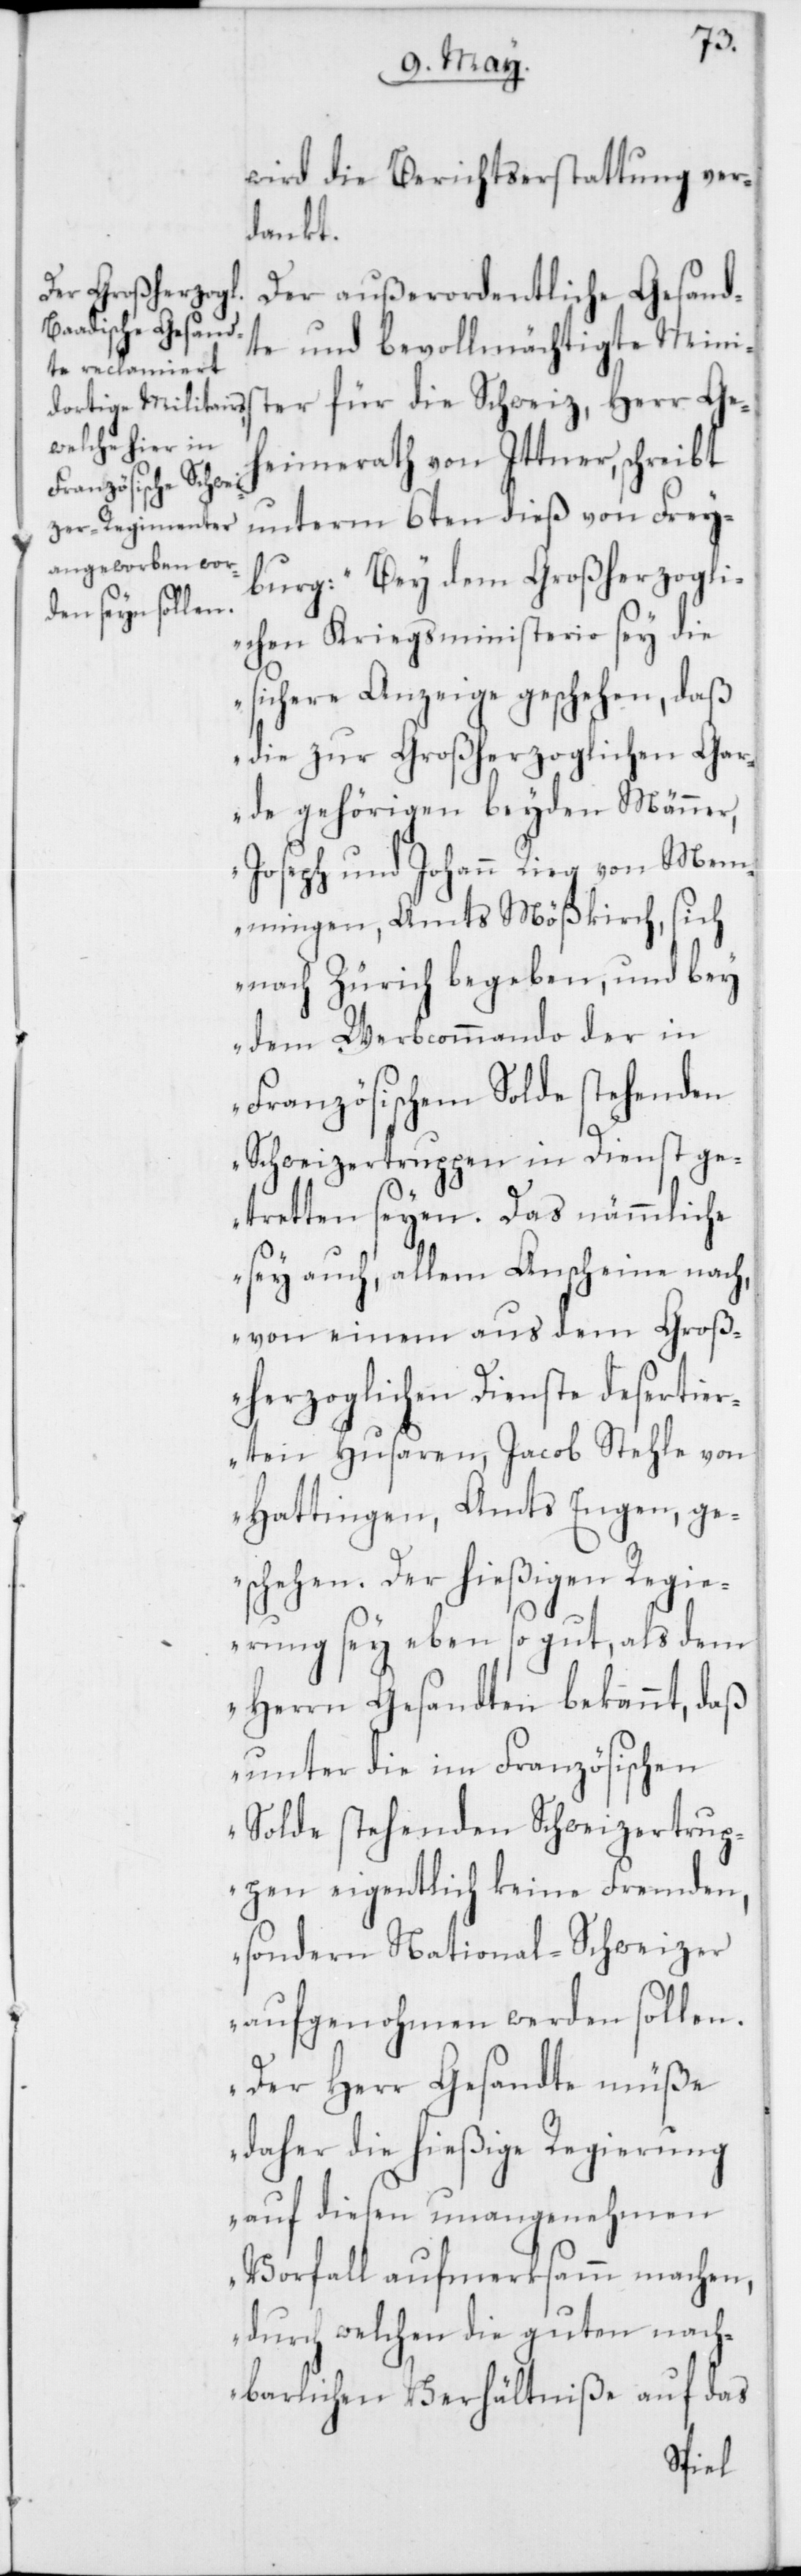
wird die Berichtserstattung ver¬
dankt.
Der außerordentliche Gesand¬
te und bevollmächtigte Minis¬
ter für die Schweiz, Herr Geh¬
eimerath von Ittner, schreibt
unterm 6ten dieß von Frey¬
burg: „Bei dem Großherzogli¬
chen Kriegsministerio sey die
sichere Anzeige geschehen, daß
die zur Großherzoglichen Ga¬
rde gehörigen beyden Männer,
Joseph und Johann Rieg von Mem¬
mingen, Amts Mößkirch, sich
nach Zürich begeben, und bey
dem Werbcommando der in
Französischem Solde stehenden
Schweizertruppen in Dienst ge¬
tretten seyen. Das nämmliche
sey auch, allem Anscheine nach,
von einem aus dem Groß¬
herzoglichen Dienste desertie¬
rten Husaren, Jacob Stehle von
Hattingen, Amts Engen, ge¬
schehen. Der hießigen Regie¬
rung sey eben so gut, als dem
Herrn Gesandten bekannt, daß
unter die im Französischen
Solde stehenden Schweizertrup¬
pen eigentlich keine Fremden,
sondern National-Schweizer
aufgenohmen werden sollen.
Der Herr Gesandte müße
daher die hießige Regierung
auf diesen unangenehmen
Vorfall aufmerksamm machen,
durch welchen die guten nach¬
barlichen Verhältniße auf das